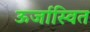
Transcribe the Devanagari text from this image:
ऊर्जास्वित